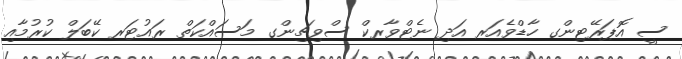
ސީ އޮޕަރޭޓިންގ ހާޑްވެއަރ އަދި ނެޓްވާރކް ސްވިޗިންގ މަސައްކަތް ރައުޓަރ ކޭބަލް ކުރުމާއި